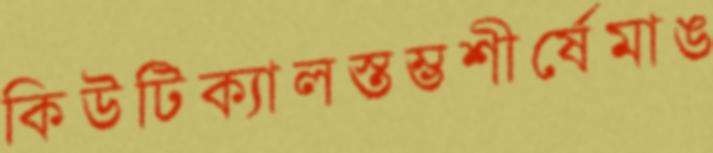
কিউটিক্যালস্তম্ভশীর্ষেমাঙ